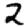
Digit: 2